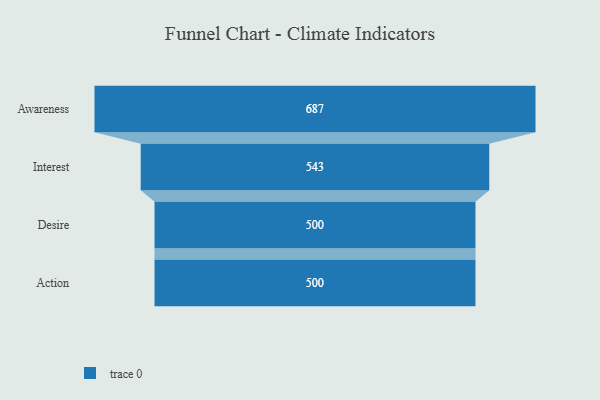
{"axis": {"x": "Stage", "y": "Value"}, "legend": [""], "data": [{"x": "Awareness", "y": 687.0, "type": ""}, {"x": "Interest", "y": 543.0, "type": ""}, {"x": "Desire", "y": 500, "type": ""}, {"x": "Action", "y": 500, "type": ""}]}